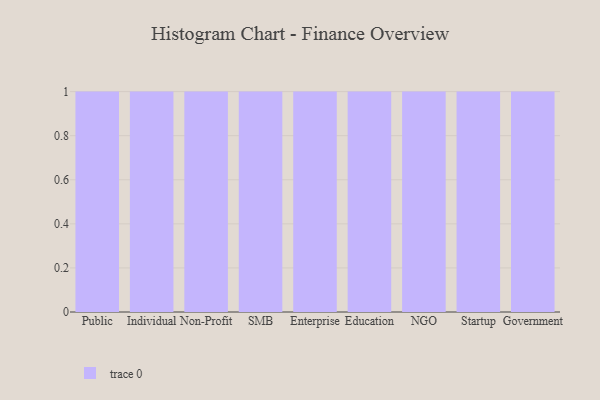
{"axis": {"x": "Segment", "y": "Churn Rate (%)"}, "legend": [""], "data": [{"x": "Public", "y": 61, "type": ""}, {"x": "Individual", "y": 95, "type": ""}, {"x": "Non-Profit", "y": 17, "type": ""}, {"x": "SMB", "y": 10, "type": ""}, {"x": "Enterprise", "y": 25, "type": ""}, {"x": "Education", "y": 65, "type": ""}, {"x": "NGO", "y": 52, "type": ""}, {"x": "Startup", "y": 17, "type": ""}, {"x": "Government", "y": 67, "type": ""}]}